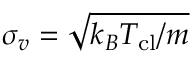
\sigma _ { v } = \sqrt { k _ { B } T _ { \mathrm { { c l } } } / m }